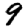
Digit: 9